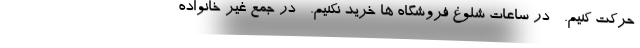
حرکت کنیم. - در ساعات شلوغ فروشگاه ها خرید نکنیم. - در جمع غیر خانواده